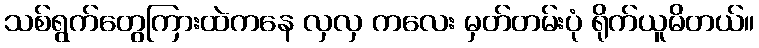
သစ်ရွက်တွေကြားထဲကနေ လှလှ ကလေး မှတ်တမ်းပုံ ရိုက်ယူမိတယ်။